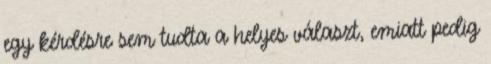
egy kérdésre sem tudta a helyes választ, emiatt pedig